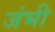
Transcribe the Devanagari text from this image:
जंभी